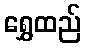
ရွှေထည်